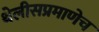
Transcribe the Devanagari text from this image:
थेलीसप्रमाणेच